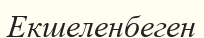
Екшеленбеген